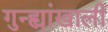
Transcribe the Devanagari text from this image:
गुन्ह्यांखाली